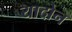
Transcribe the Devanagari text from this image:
यादोन